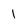
Character: 1